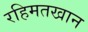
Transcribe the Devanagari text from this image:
रहिमतखान